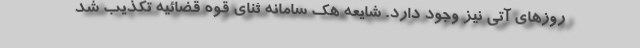
روزهای آتی نیز وجود دارد. شایعه‌ هک سامانه ثنای قوه قضائیه تکذیب شد